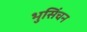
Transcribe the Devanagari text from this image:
भुसिंचन